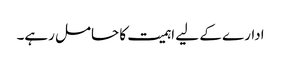
ادارے کے لیے اہمیت کا حامل رہے۔